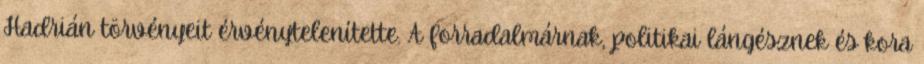
Hadrián törvényeit érvénytelenítette. A forradalmárnak, politikai lángésznek és kora